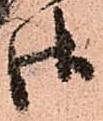
御